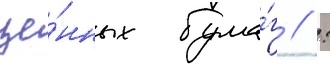
це́нных бума́г // :